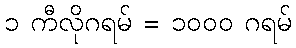
၁ ကီလိုဂရမ် = ၁၀၀၀ ဂရမ်